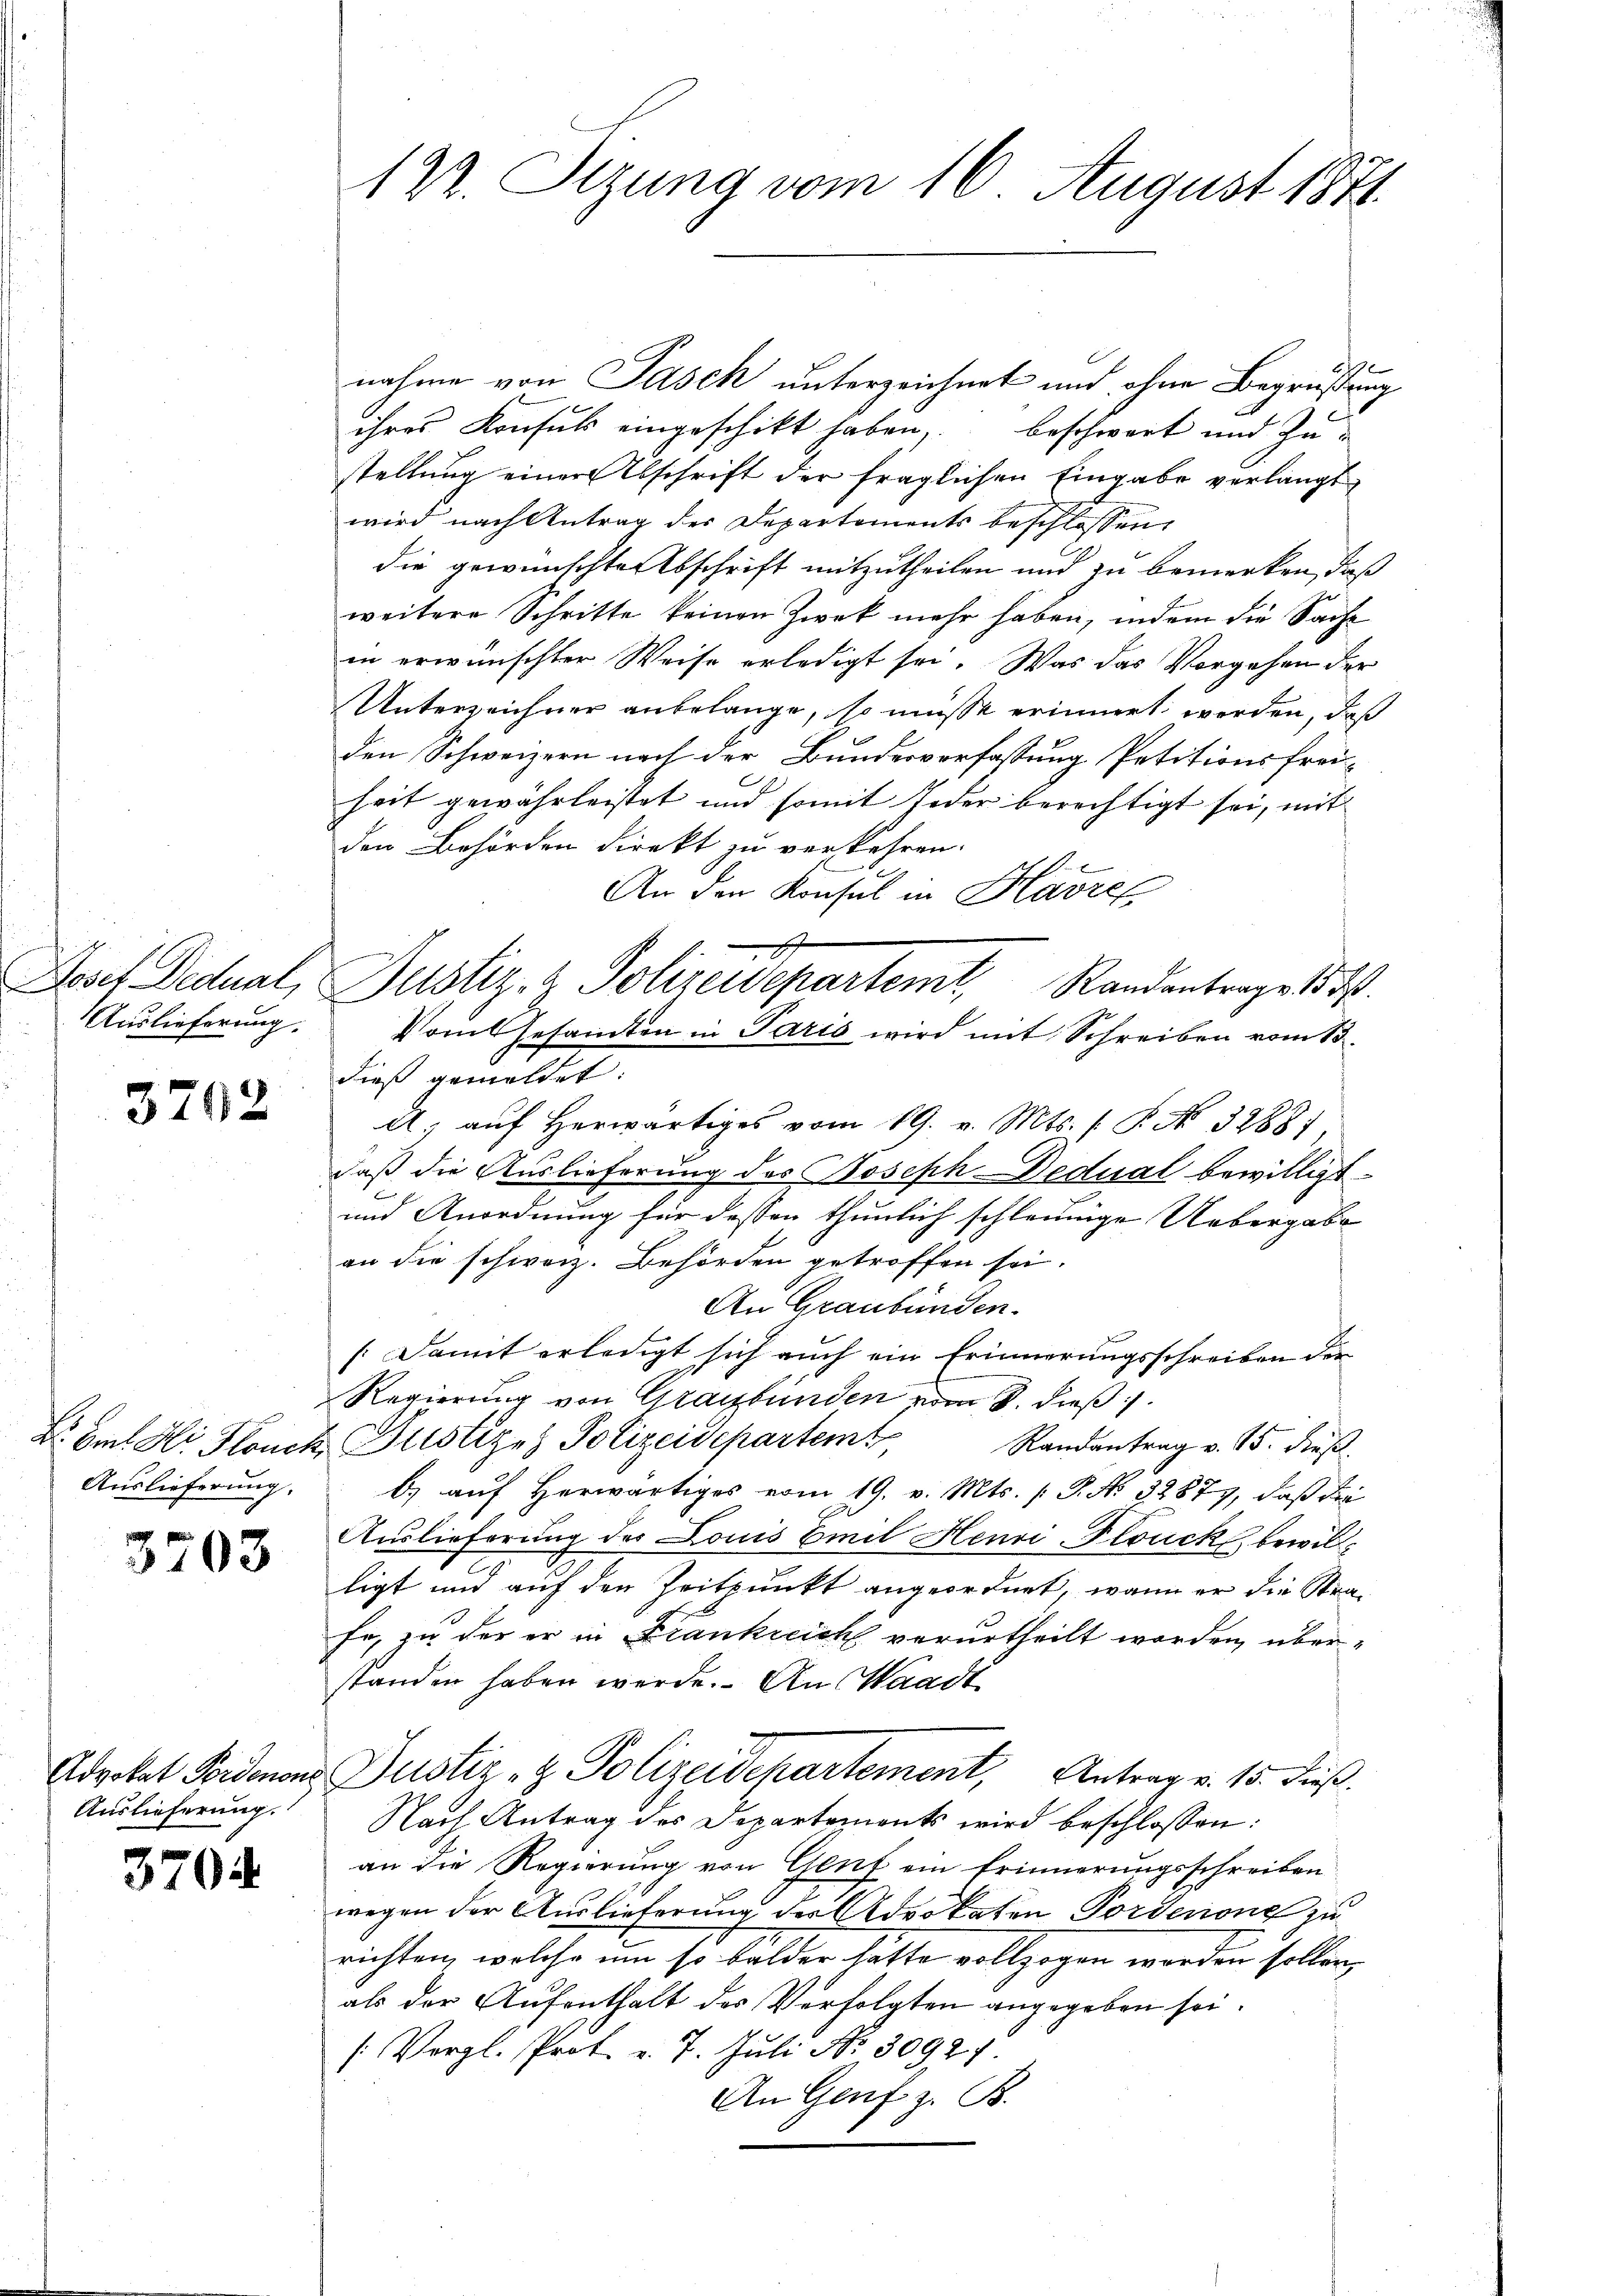
Loset Deduat,
Auslieferung.

3702

Dr. Amt Hr. Fluck
Auslieferung.

3703

Advokat Fordenen
Auslieferung.

3704

122. Setzung vom 16. August 1874.

nahme von Pasch unterzeichnet und ohne Begrüßung
ihres Konsuls eingeschikt haben, beschwart und Zutellung einer Abschrift der fraglichen Eingabe verlangt
wird nach Antrag der Departements beschlossen
die gewünschter Abschrift mitzutheilen und zu bemerken, daß
weitere Schritte keinen Zweck mehr haben, indem die Sache
in erwünschter Weise erledigt sei. Was das Vorgehen der
Unterzeichner anbelange, so müsse erinnert werden, daß
den Schweizern nach der Bundesverfassung Petitionsfreiheit gewährleistet und somit Jeder berechtigt sei, mit
den Behörden direkt zu verkehren.
An den Konsul in Harzel
Randantrage 15. d.
dieß gemeldet:
A. aŭf herwärtiges vom 19. v. Mts. ( P. No. 32881.
daß die Auslieferung des Joseph-Dedual bewilligt
und Anordnung für dessen thunlich schleunige Uebergabe
an die schweiz. Behörden getroffen sei.
An Graubünden.
(Damit erledigt sich auch ein Erinnerungsschreiben der
Regierung von Graubünden vom 8. dieß
Justiz & Polizeisepartemt
Randantrag v. 15. dieß.
b) auf herwärtiges vom 19. v. Mts. (T. N. 32877, daß die
Auslieferung des Louis Emil Henri-Plouck bewillligt und auf den Zeitpunkt angeordnet, wenn er die Strafe, zu der er in Frankreich verurtheilt worden, überstanden haben werde. An Waadt
Justiz- & Polizeidepartement, Antrag v. 15. dieß.
Nach Antrag des Departements wird beschlossen:
an die Regierung von Genf ein Erinnerungsschreiben
wegen der Auslieferung der Advokaten Forderone zu
richten, welche um so balder hätte vollzogen worden sollen,
als der Aufenthalt des Verfolgten angegeben sei.
/: Vergl. Prof. v. 7. Juli Nr. 30921
An Genf z. B.

Justiz- & Polizeidepartem
Vom Gesamten in Paris wird mit Schreiben vom 13.